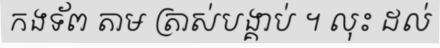
កងទ័ព តាម ត្រាស់បង្គាប់ ។ លុះ ដល់